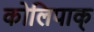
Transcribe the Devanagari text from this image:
कोलिपाक्